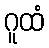
ဂူထံ